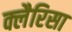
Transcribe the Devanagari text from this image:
क्लैरिसा